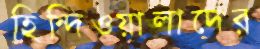
হিন্দিওয়ালাদের